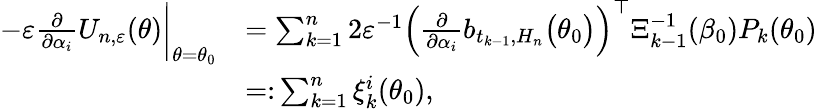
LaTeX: \begin{array}{rl}{-\varepsilon\frac{\partial}{\partial\alpha_{i}}U_{n,\varepsilon}(\theta)\bigg|_{\theta=\theta_{0}}}&{=\sum_{k=1}^{n}2\varepsilon^{-1}\left(\frac{\partial}{\partial\alpha_{i}}b_{t_{k-1},H_{n}}\bigl(\theta_{0}\bigr)\right)^{\top}\Xi_{k-1}^{-1}(\beta_{0})P_{k}(\theta_{0})}\\ &{=\colon\sum_{k=1}^{n}\xi_{k}^{i}(\theta_{0}),}\end{array}